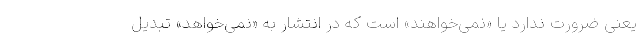
یعنی ضرورت ندارد یا «نمی‌خواهند» است که در انتشار به «نمی‌خواهد» تبدیل